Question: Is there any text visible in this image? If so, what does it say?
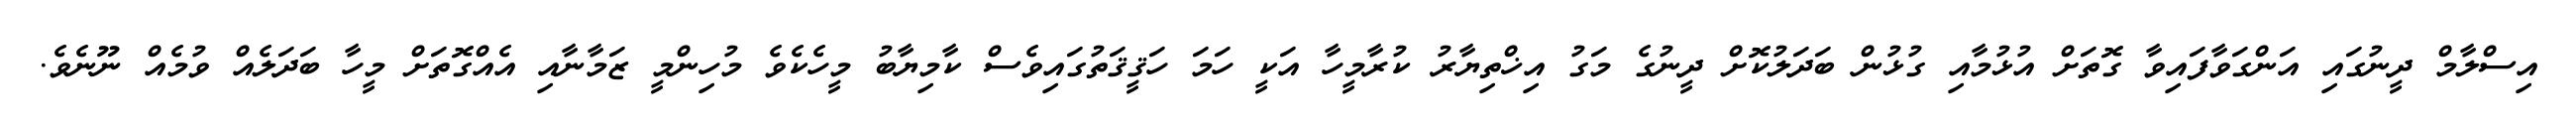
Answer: އިސްލާމް ދީނުގައި އަންގަވާފައިވާ ގޮތަށް އުޅުމާއި ގުޅުން ބަދަލުކޮށް ދީނުގެ މަގު އިޚްތިޔާރު ކުރާމީހާ އަކީ ހަމަ ހަޤީޤަތުގައިވެސް ކާމިޔާބު މީހެކެވެ މުހިންމީ ޒަމާނާއި އެއްގޮތަށް މީހާ ބަދަލެއް ވުމެއް ނޫނެވެ.